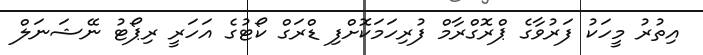
އިތުރު މީހަކު ފަރުވާގެ ޕްރޮގްރާމް ފުރިހަމަކޮށްފި ޑްރަގް ކޯޓުގެ އަހަރީ ރިޕޯޓު ނޭޝަނަލް